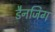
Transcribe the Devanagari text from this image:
डैनजिग